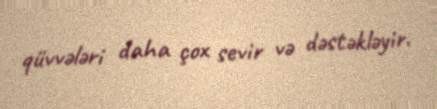
qüvvələri daha çox sevir və dəstəkləyir.